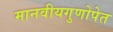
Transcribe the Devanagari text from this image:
मानवीयगुणोपेत